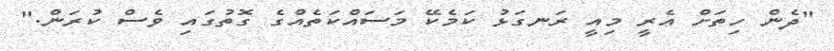
"ދެން ހިތަށް އެރީ މިއީ ރަނގަޅު ކަމެކޭ މަސައްކަތެއްގެ ގޮތުގައި ވެސް ކުރަން."